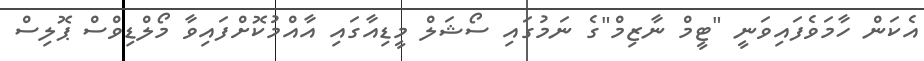
އެކަން ހާމަވެފައިވަނީ "ޓީމް ނާޒިމް"ގެ ނަމުގައި ސޯޝަލް މީޑިއާގައި އާއްމުކޮށްފައިވާ މޯލްޑިވްސް ޕޮލިސް